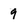
Character: 9